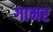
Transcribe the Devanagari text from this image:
गामर